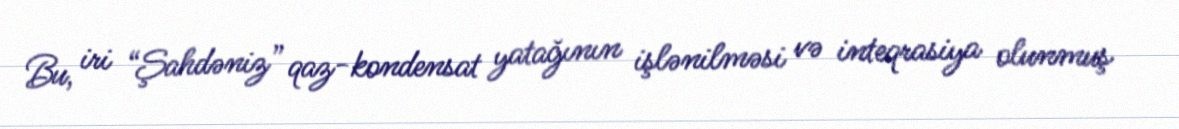
Bu, iri “Şahdəniz” qaz-kondensat yatağının işlənilməsi və inteqrasiya olunmuş